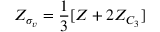
Z _ { \sigma _ { v } } = \frac { 1 } { 3 } [ Z + 2 Z _ { C _ { 3 } } ]